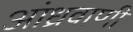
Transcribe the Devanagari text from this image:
आंध्रवाणी